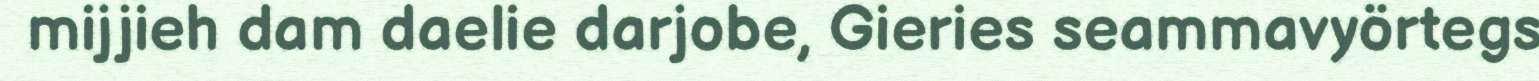
mijjieh dam daelie darjobe, Gieries seammavyörtegs